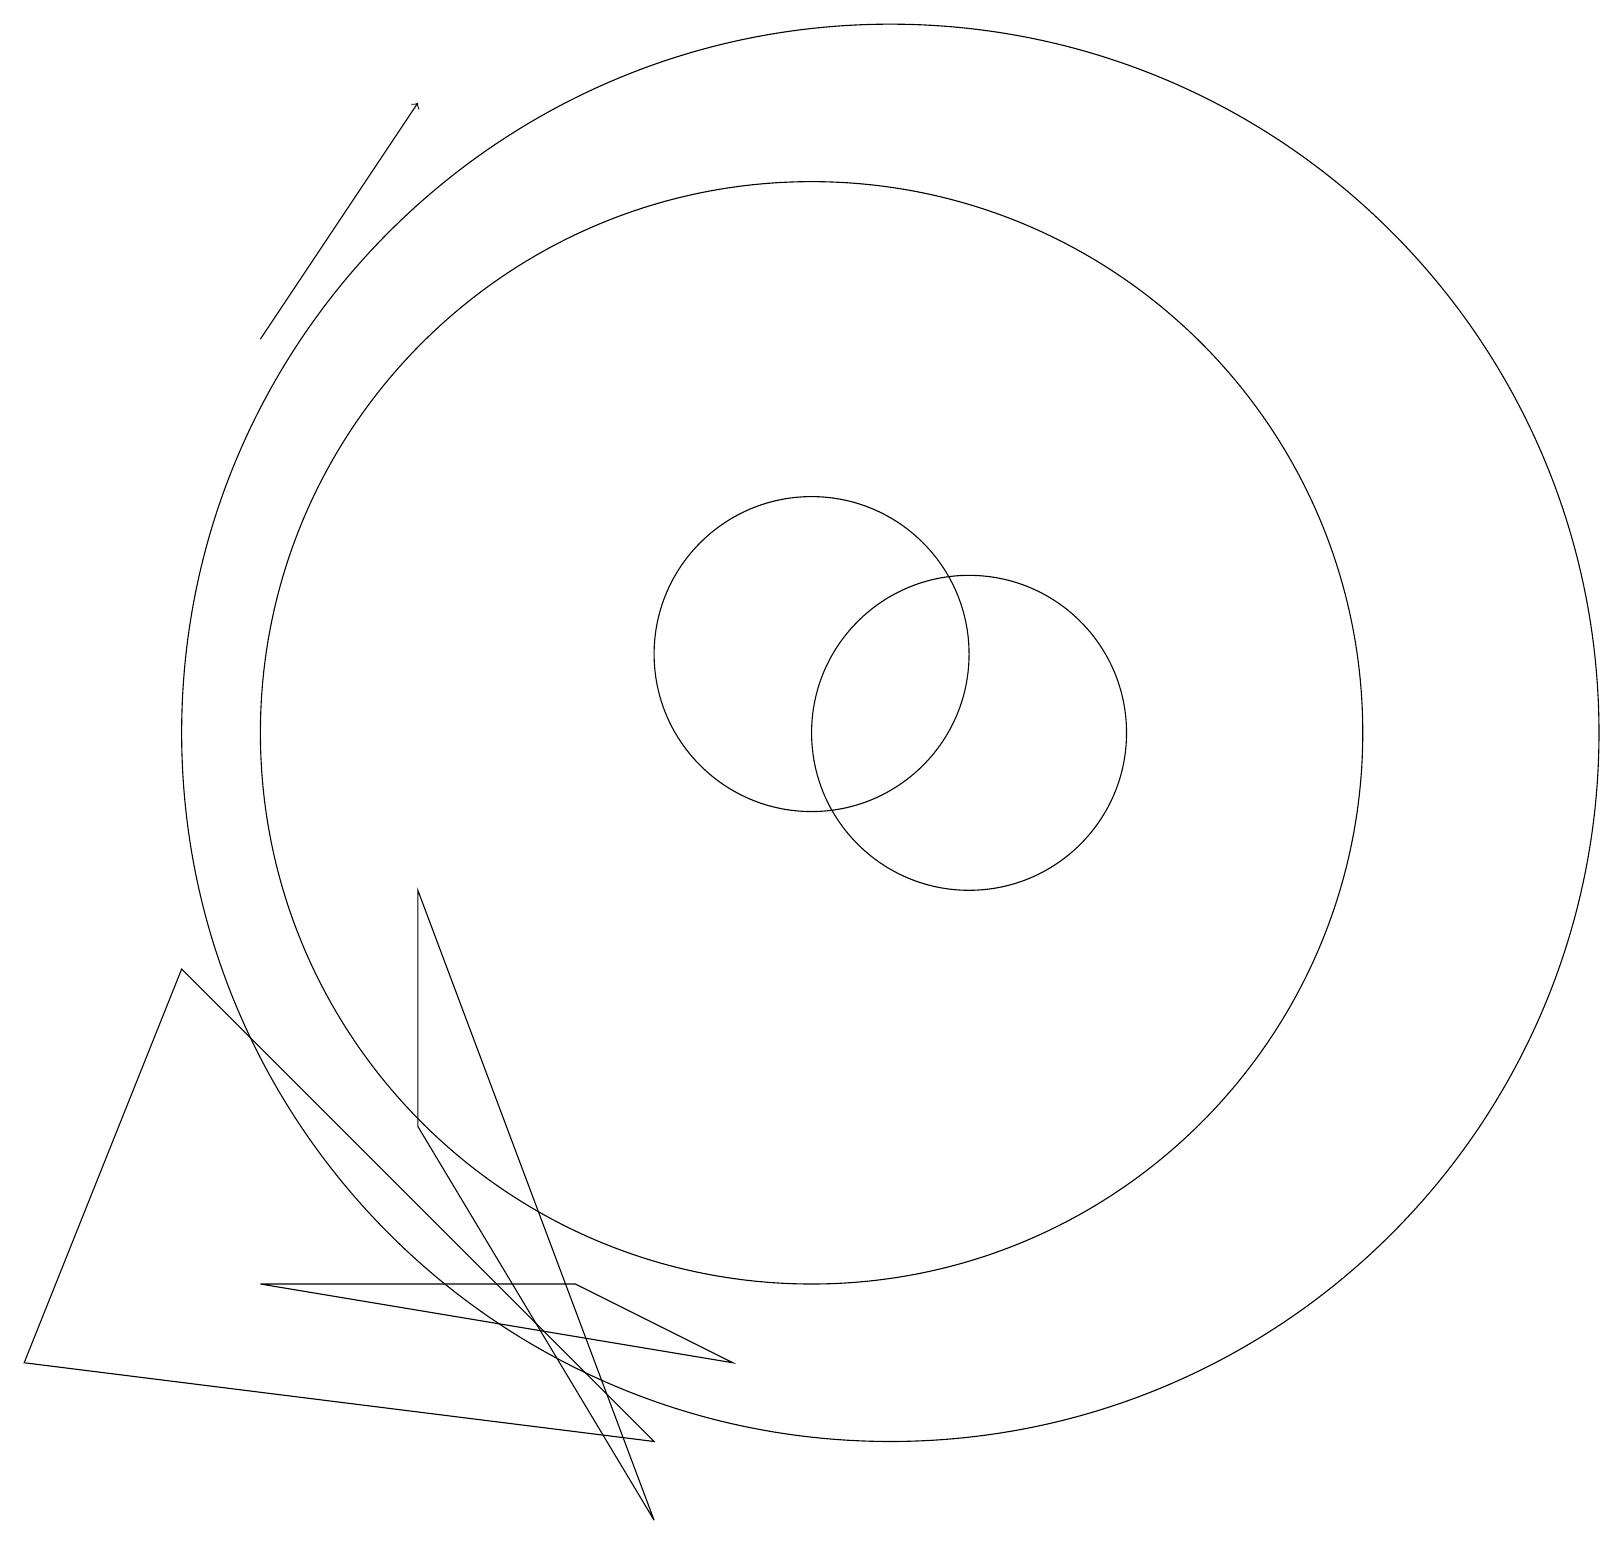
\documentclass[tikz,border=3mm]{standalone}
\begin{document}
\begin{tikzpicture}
\draw[->] (3,16) -- (5,19);
\draw (12,11) circle (2);
\draw (10,11) circle (7);
\draw (10,12) circle (2);
\draw (11,11) circle (9);
\draw (9,3) -- (7,4) -- (3,4) -- cycle;
\draw (5,6) -- (8,1) -- (5,9) -- cycle;
\draw (0,3) -- (8,2) -- (2,8) -- cycle;
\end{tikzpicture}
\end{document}